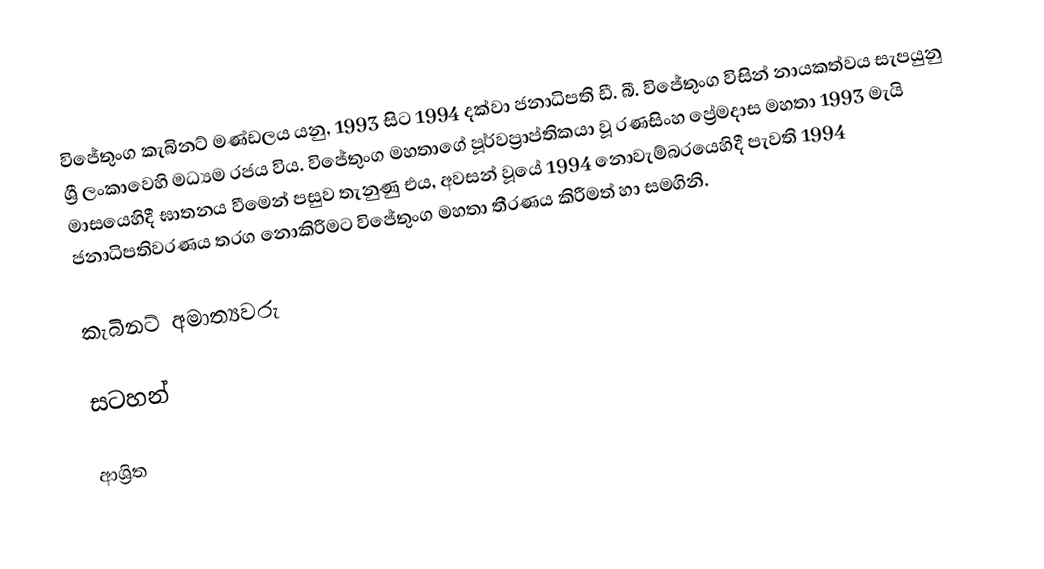
විජේතුංග කැබිනට් මණ්ඩලය යනු,  1993 සිට 1994 දක්වා ජනාධිපති ඩී. බී. විජේතුංග විසින් නායකත්වය සැපයුනු ශ්‍රී ලංකාවෙහි මධ්‍යම රජය විය. විජේතුංග මහතාගේ පූර්වප්‍රාප්තිකයා වූ රණසිංහ ප්‍රේමදාස මහතා 1993 මැයි මාසයෙහිදී ඝාතනය වීමෙන් පසුව තැනුණු එය,  අවසන් වූයේ  1994 නොවැම්බරයෙහිදී  පැවති 1994 ජනාධිපතිවරණය තරග නොකිරීමට විජේතුංග මහතා තීරණය කිරීමත් හා සමගිනි.

කැබිනට් අමාත්‍යවරු

සටහන්

ආශ්‍රිත